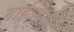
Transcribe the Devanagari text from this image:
बाईओप्सी